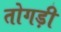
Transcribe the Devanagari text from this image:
तोगड़ी